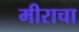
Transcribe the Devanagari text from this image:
मीराचा